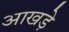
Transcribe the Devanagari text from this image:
आखड़े